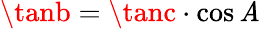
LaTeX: \tanb=\tanc\cdot\cos\mathit{A}